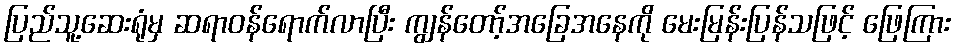
ပြည်သူ့ဆေးရုံမှ ဆရာဝန်ရောက်လာပြီး ကျွန်တော့်အခြေအနေကို မေးမြန်းပြန်သဖြင့် ဖြေကြား